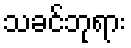
သခင်ဘုရား